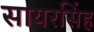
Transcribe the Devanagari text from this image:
सायरसिंह